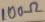
Text: 100Ω